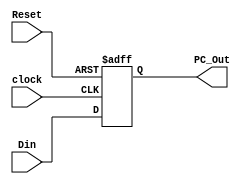
`timescale 1ns / 1ps

module PC(
    input clock,
    input Reset,
    input [31:0] Din,
    output reg [31:0] PC_Out
    );
    always@(posedge clock, posedge Reset)begin
        if (Reset) PC_Out <= 32'b0;
        else PC_Out <= Din;
    end   
endmodule